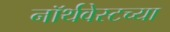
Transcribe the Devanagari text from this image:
नॉर्थवेस्टच्या